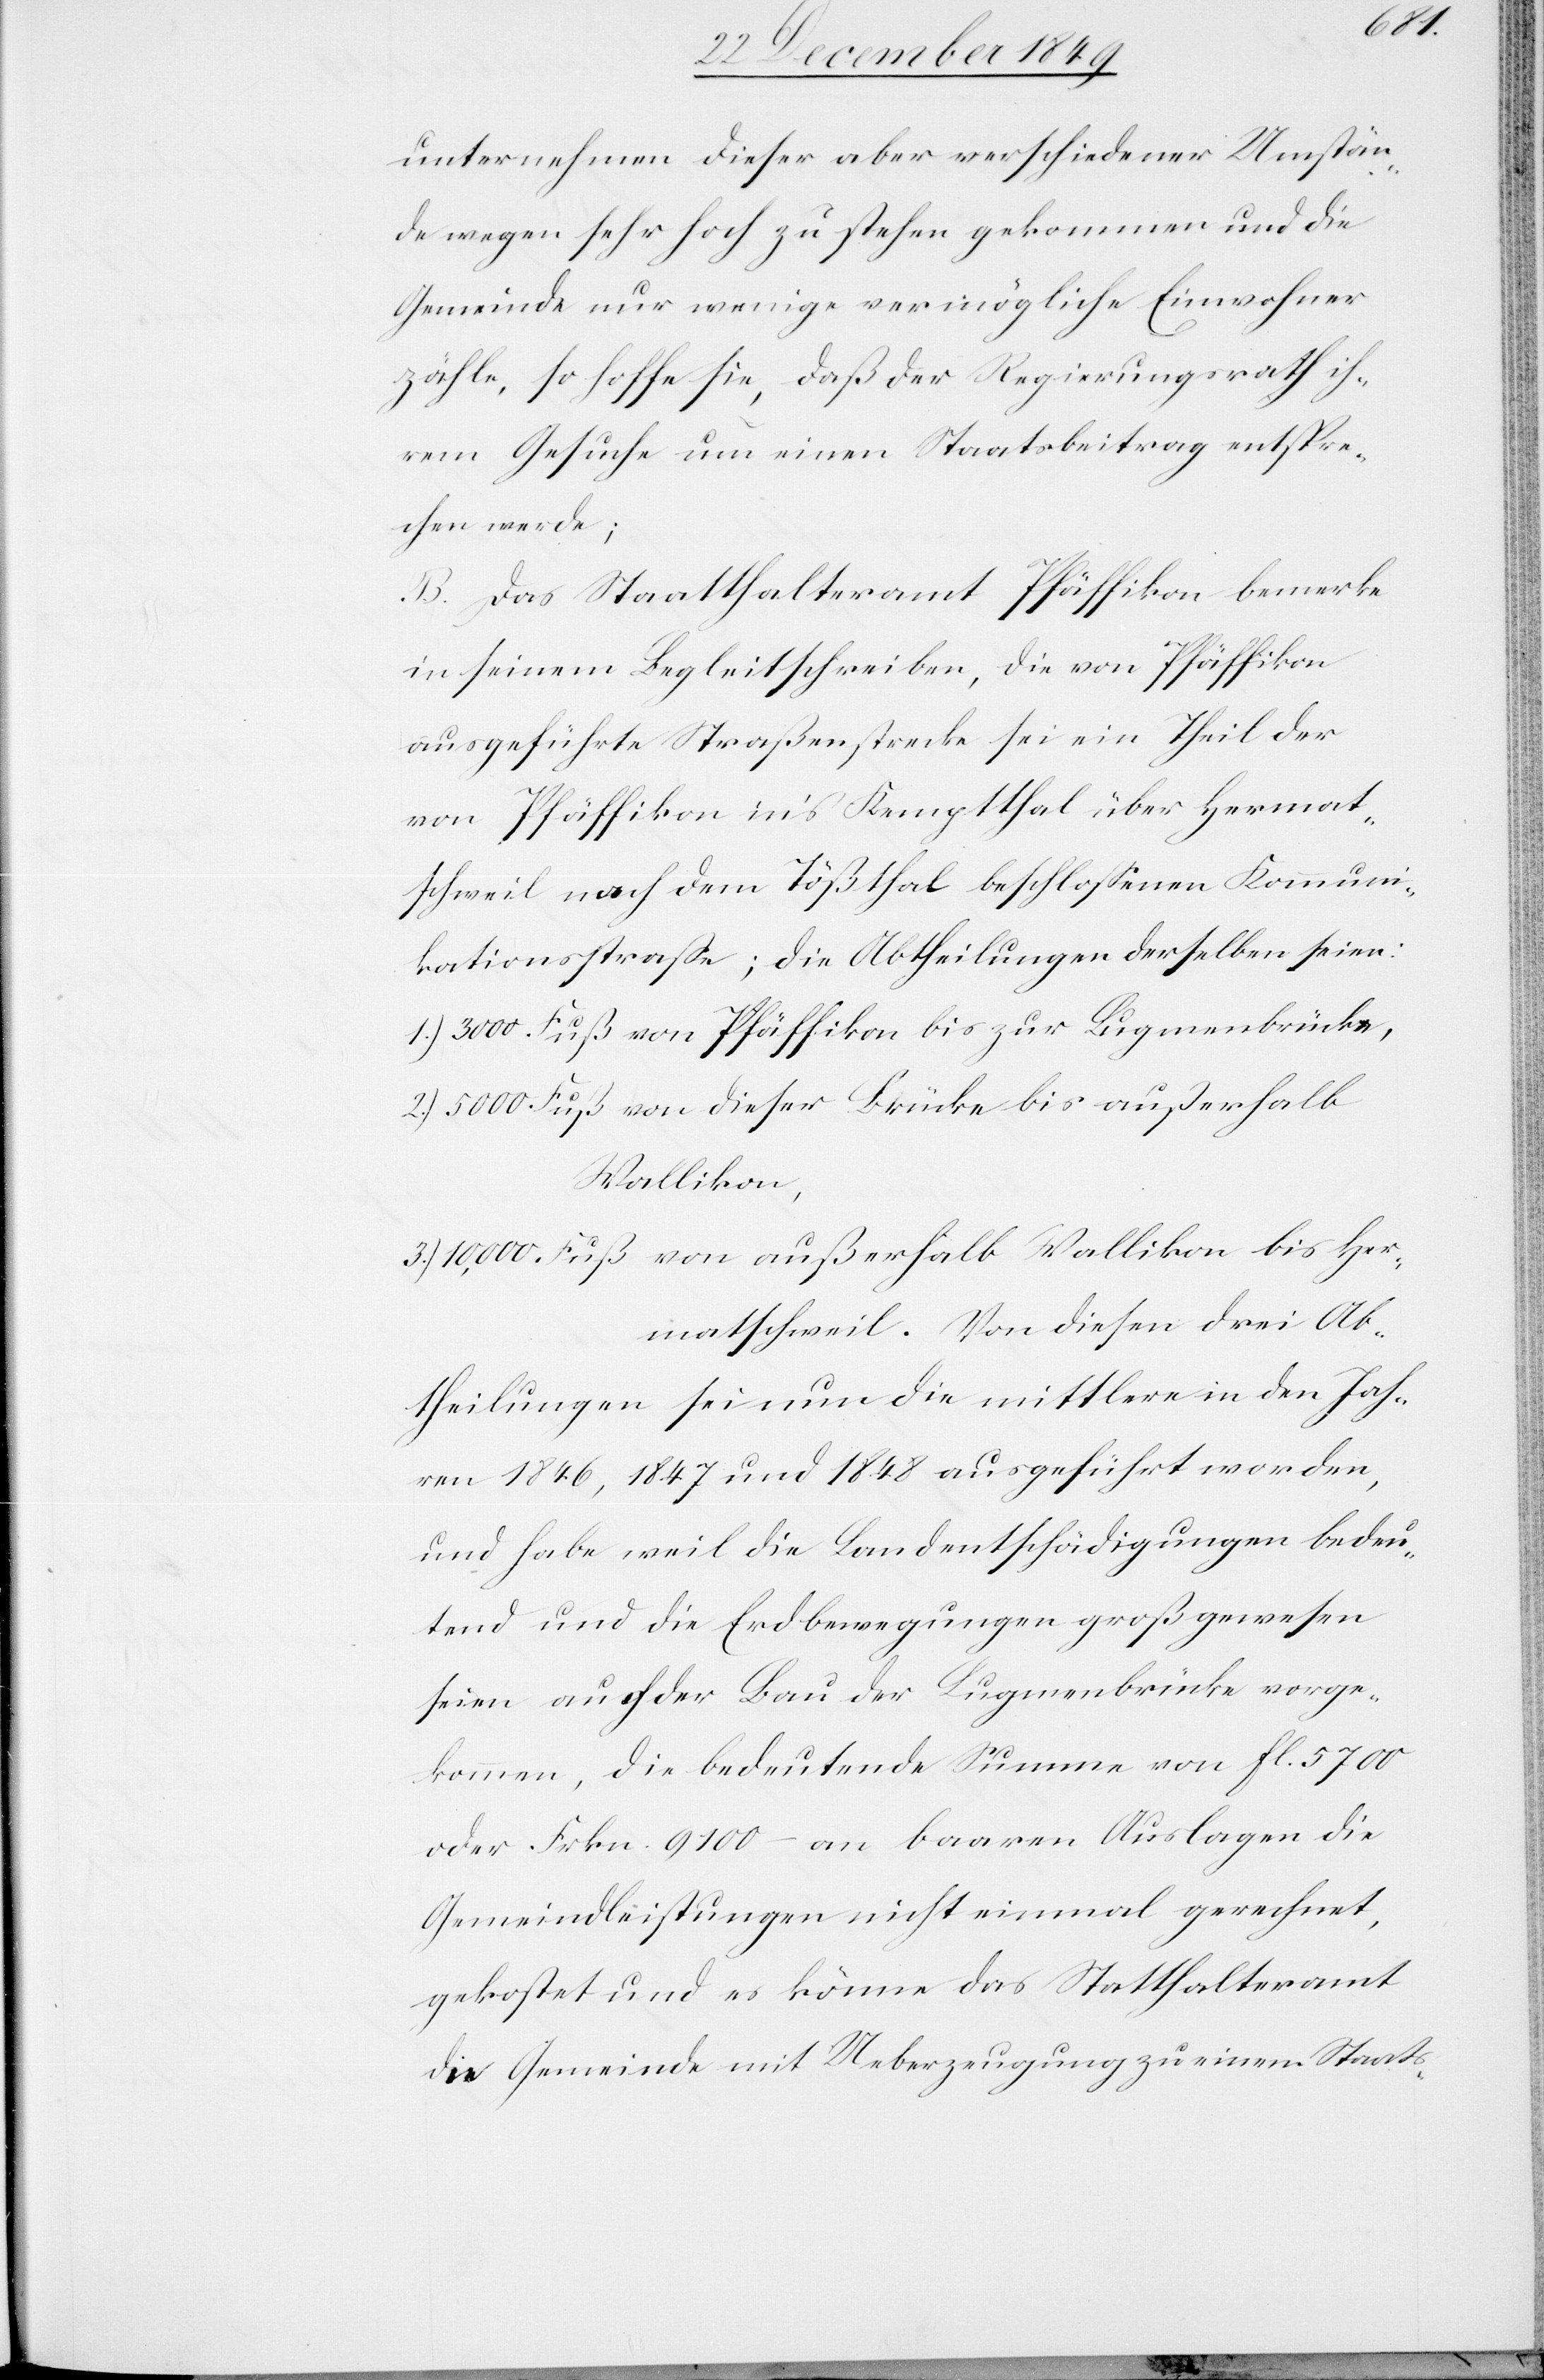
unternehmen dieser aber verschiedener Umstän¬
de wegen sehr hoch zu stehen gekommen und die
Gemeinde nur wenige vermögliche Einwohner
zähle, so hoffe sie, daß der Regierungsrath ih¬
rem Gesuche um einen Staatsbeitrag entspre¬
chen werde;
B. Das Statthalteramt Pfäffikon bemerke
in seinem Begleitschreiben, die von Pfäffikon
ausgeführte Straßenstrecke sei ein Theil der
von Pfäffikon in’s Kempthal über Hermat¬
schweil nach dem Tößthal beschloßenen Kommuni¬
kationsstraße; die Abtheilungen derselben seien:
1.) 3000. Fuß von Pfäffikon bis zur Lugmenbrücke,
2.) 5000. Fuß von dieser Brücke bis außerhalb
Wallikon,
3.) 10,000. Fuß von außerhalb Wallikon bis Her¬
matschweil. Von diesen drei Ab¬
theilungen sei nun die mittlere in den Jah¬
ren 1846,1847 und 1848 ausgeführt worden,
und habe weil die Landentschädigungen bedeu¬
tend und die Erdbewegungen groß gewesen
seien auch der Bau der Lugmenbrücke vorge¬
kommen, die bedeutende Summe von fl. 5700
oder Frkn. 9100 – an baaren Auslagen die
Gemeindleistungen nicht einmal gerechnet,
gekostet und es könne das Statthalteramt
die Gemeinde mit Ueberzeugung zu einem Staats-